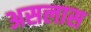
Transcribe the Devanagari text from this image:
असलास